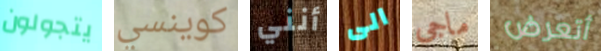
يتجولون كوينسي أنني الى ماجى أتعرض